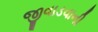
જીવાડવાની